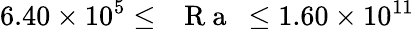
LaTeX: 6.40\times 10^{5}\leq\mathrm{~\textit~{~R~a~}~}\leq 1.60\times 10^{11}